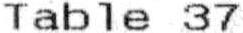
TABLE 37